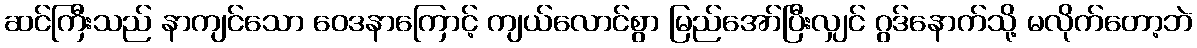
ဆင်ကြီးသည် နာကျင်သော ဝေဒနာကြောင့် ကျယ်လောင်စွာ မြည်အော်ပြီးလျှင် ဂွဒ်နောက်သို့ မလိုက်တော့ဘဲ